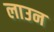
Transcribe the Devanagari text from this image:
लाउन